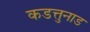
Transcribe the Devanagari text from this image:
कडत्तुनाड